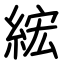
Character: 綋